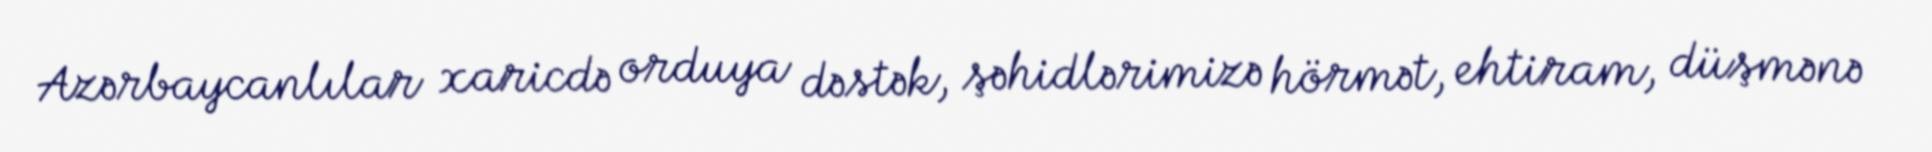
Azərbaycanlılar xaricdə orduya dəstək, şəhidlərimizə hörmət, ehtiram, düşmənə